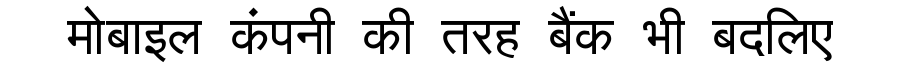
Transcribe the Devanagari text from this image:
मोबाइल कंपनी की तरह बैंक भी बदलिए